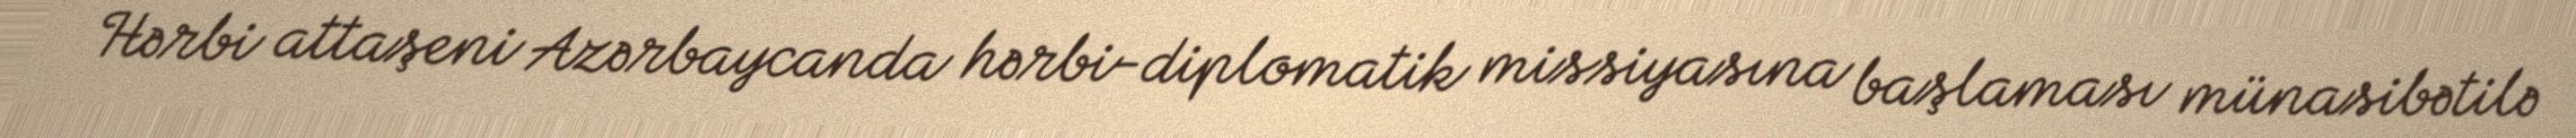
Hərbi attaşeni Azərbaycanda hərbi-diplomatik missiyasına başlaması münasibətilə